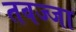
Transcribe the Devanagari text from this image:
तवज्जा